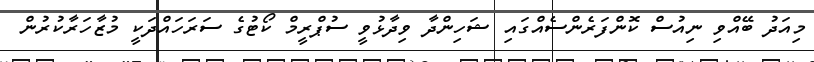
މިއަދު ބޭއްވި ނިއުސް ކޮންފަރެންސެއްގައި ޝަހިންދާ ވިދާޅުވީ ސުޕްރީމް ކޯޓުގެ ސަރަހައްދަކީ މުޒާހަރާކުރުން